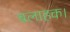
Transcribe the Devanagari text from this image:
बलाहक।